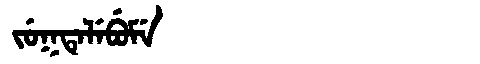
Manchu: ᠵᡠᡴᡨᡝᠯᡝᠪᡠᠮᡝ
Romanization: JUKTELEBUME